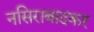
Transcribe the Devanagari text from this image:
नसिराबादकर